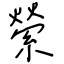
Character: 縈